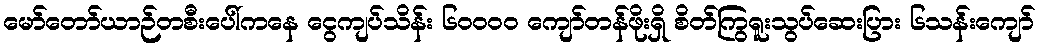
မော်တော်ယာဉ်တစီးပေါ်ကနေ ငွေကျပ်သိန်း ၆၀၀၀၀ ကျော်တန်ဖိုးရှိ စိတ်ကြွရူးသွပ်ဆေးပြား ၆သန်းကျော်